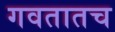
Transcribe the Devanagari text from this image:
गवतातच